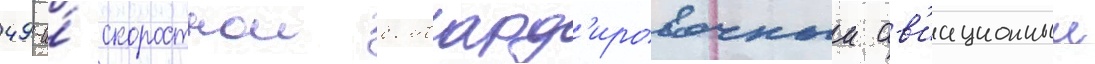
49-и́ скоростнои бомбард'ировочныи ав'иационныи